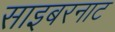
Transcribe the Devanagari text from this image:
साइबरनाट